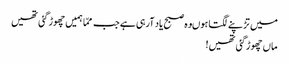
میں تڑپنے لگتا ہوںوہ صبح یاد آرہی ہے جب ممّا ہمیں چھوڑ گئی تھیں
ماں چھوڑگئی تھیں!